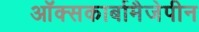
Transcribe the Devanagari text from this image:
ऑक्सकार्बामैजेपीन